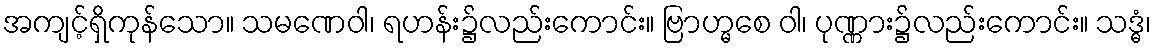
အကျင့်ရှိကုန်သော။ သမဏေဝါ၊ ရဟန်း၌လည်းကောင်း။ ဗြာဟ္မစေ ဝါ၊ ပုဏ္ဏား၌လည်းကောင်း။ သဒ္ဓံ၊